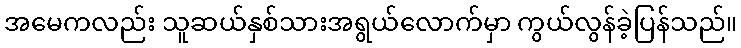
အမေကလည်း သူဆယ်နှစ်သားအရွယ်လောက်မှာ ကွယ်လွန်ခဲ့ပြန်သည်။